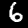
Label: 6